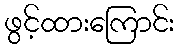
ဖွင့်ထားကြောင်း